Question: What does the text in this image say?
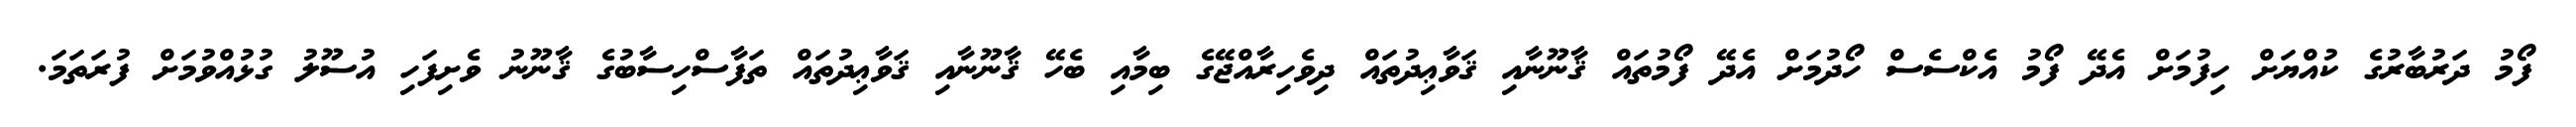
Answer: ފޯމު ދަރުބާރުގެ ކުއްޔަށް ހިފުމަށް އެދޭ ފޯމު އެކްސެސް ހޯދުމަށް އެދޭ ފޯމުތައް ޤާނޫނާއި ޤަވާޢިދުތައް ދިވެހިރާއްޖޭގެ ބިމާއި ބެހޭ ޤާނޫނާއި ޤަވާޢިދުތައް ތަފާސްހިސާބުގެ ޤާނޫނު ވެށިފަހި އުސޫލު ގުޅުއްވުމަށް ފުރަތަމަ.